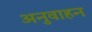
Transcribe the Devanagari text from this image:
अनुवाहन